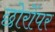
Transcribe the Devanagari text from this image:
छोरोंपर